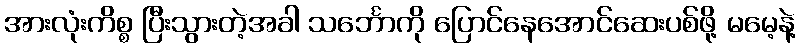
အားလုံးကိစ္စ ပြီးသွားတဲ့အခါ သင်္ဘောကို ပြောင်နေအောင်ဆေးပစ်ဖို့ မမေ့နဲ့